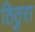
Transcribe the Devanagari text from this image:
ठिठुरा